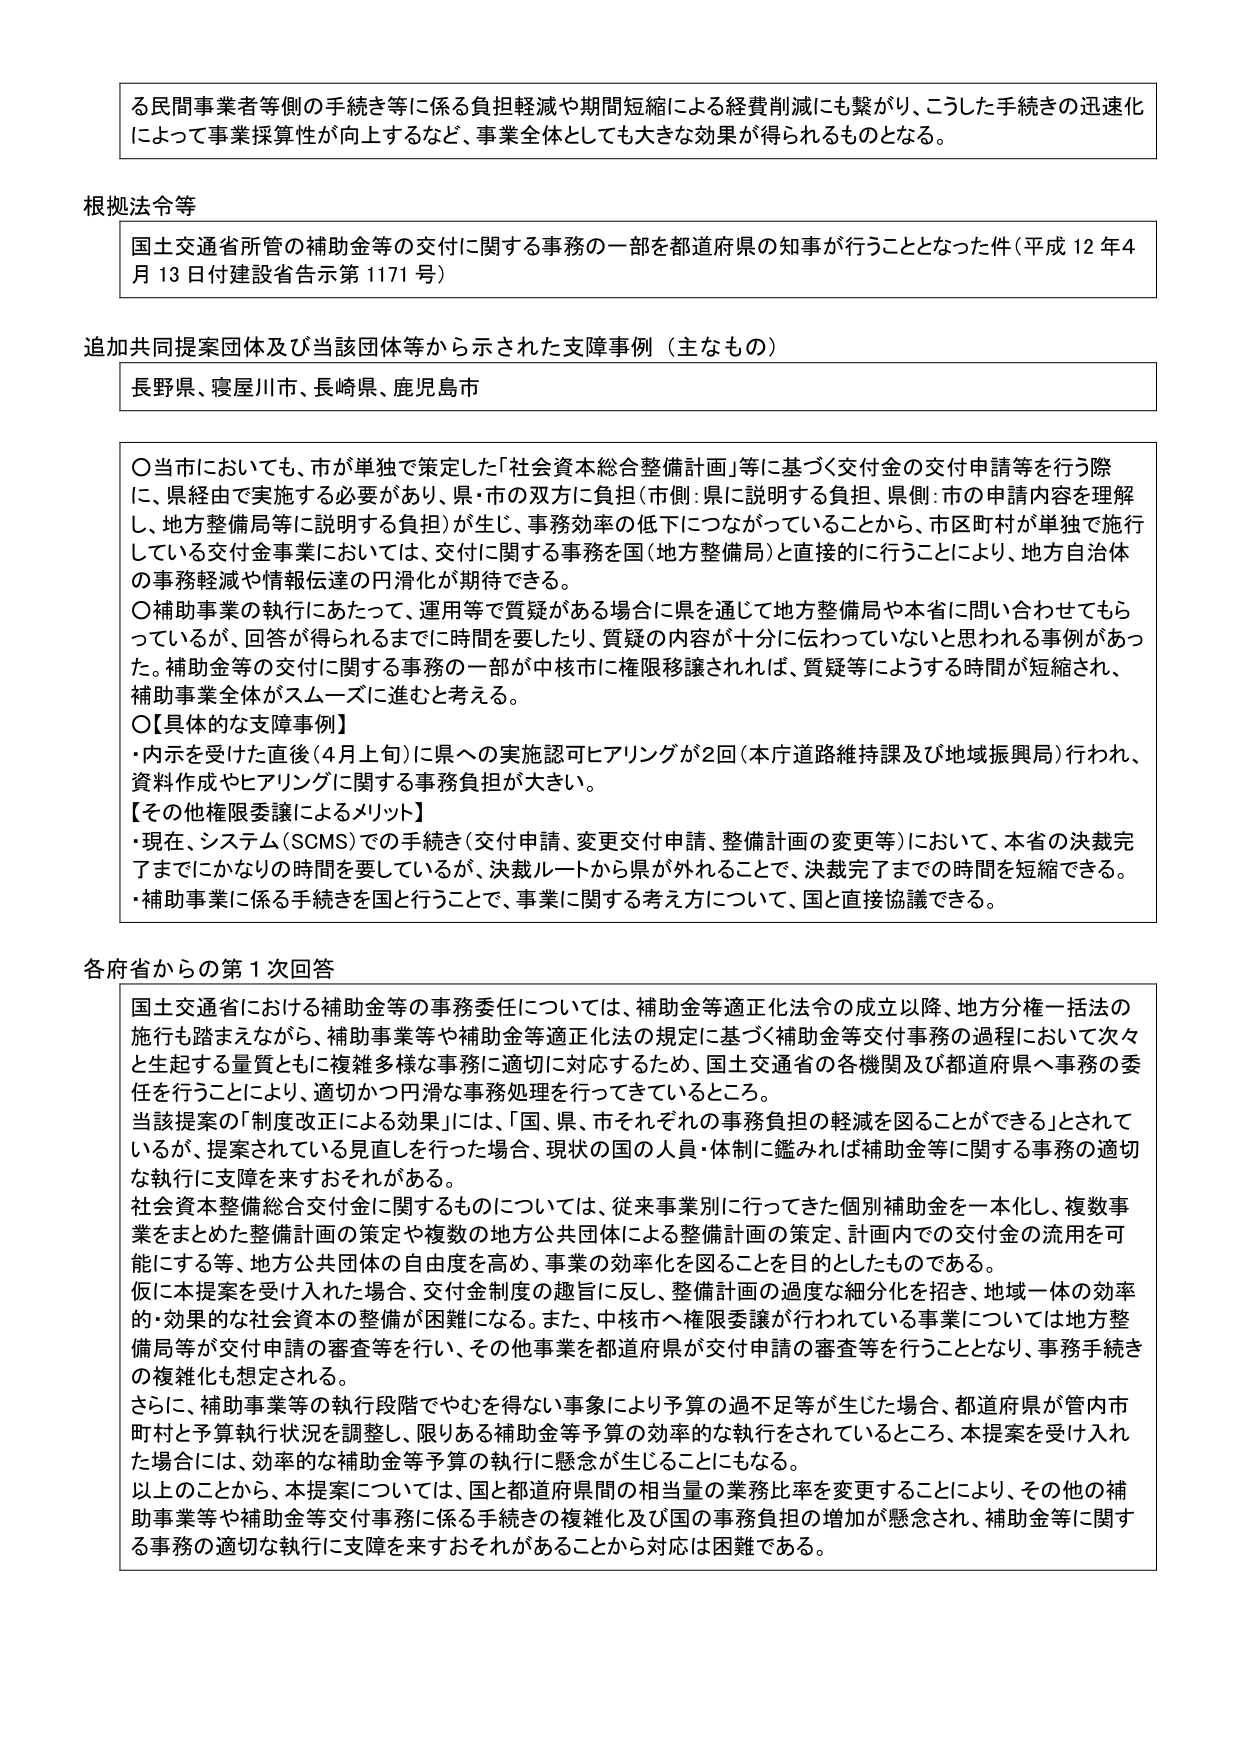
る民間事業者等側の手続き等に係る負担軽減や期間短縮による経費削減にも繋がり、こうした手続きの迅速化によって事業採算性が向上するなど、事業全体としても大きな効果が得られるものとなる。

根拠法令等
国土交通省所管の補助金等の交付に関する事務の一部を都道府県の知事が行うこととなった件（平成12年4月13日付建設省告示第1171号）

追加共同提案団体及び当該団体等から示された支障事例（主なもの）
長野県、寝屋川市、長崎県、鹿児島市

○当市においても、市が単独で策定した「社会資本総合整備計画」等に基づく交付金の交付申請等を行う際に、県経由で実施する必要があり、県・市の双方に負担（市側：県に説明する負担、県側：市の申請内容を理解し、地方整備局等に説明する負担）が生じ、事務効率の低下につながっていることから、市区町村が単独で施行している交付金事業においては、交付に関する事務を国（地方整備局）と直接的に行うことにより、地方自治体の事務軽減や情報伝達の円滑化が期待できる。
○補助事業の執行にあたって、運用等で質疑がある場合に県を通じて地方整備局や本省に問い合わせてもらっているが、回答が得られるまでに時間を要したり、質疑の内容が十分に伝わっていないと思われる事例があった。補助金等の交付に関する事務の一部が中核市に権限移譲されれば、質疑等による時間の短縮され、補助事業全体がスムーズに進むと考える。
○【具体的な支障事例】
・内示を受けた直後（4月上旬）に県への実施認可ヒアリングが2回（本庁道路維持課及び地域振興局）行われ、資料作成やヒアリングに関する事務負担が大きい。
【その他権限委譲によるメリット】
・現在、システム（SCMS）での手続き（交付申請、変更交付申請、整備計画の変更等）において、本省の決裁完了までにかなりの時間を要しているが、決裁ルートから県が外れることで、決裁完了までの時間を短縮できる。
・補助事業に係る手続きを国と行うことで、事業に関する考え方について、国と直接協議できる。

各府省からの第1次回答
国土交通省における補助金等の事務委任については、補助金等適正化法令の成立以降、地方分権一括法の施行も踏まえながら、補助事業等や補助金等適正化法の規定に基づく補助金等交付事務の過程において次々と生起する量質ともに複雑多様な事務に適切に対応するため、国土交通省の各機関及び都道府県へ事務の委任を行うことにより、適切かつ円滑な事務処理を行ってきているところ。
当該提案の「制度改正による効果」には、「国、県、市それぞれの事務負担の軽減を図ることができる」とされているが、提案されている見直しを行った場合、現状の国の人員・体制に鑑みれば補助金等に関する事務の適切な執行に支障を来すおそれがある。
社会資本整備総合交付金に関するものについては、従来事業別に行ってきた個別補助金を一本化し、複数事業をまとめた整備計画の策定や複数の地方公共団体による整備計画の策定、計画内での交付金の流用を可能にする等、地方公共団体の自由度を高め、事業の効率化を図ることを目的としたものである。
仮に本提案を受け入れた場合、交付金制度の趣旨に反し、整備計画の過度な細分化を招き、地域一体の効率的・効果的な社会資本の整備が困難になる。また、中核市へ権限委譲が行われている事業については地方整備局等が交付申請の審査等を行い、その他事業を都道府県が交付申請の審査等を行うこととなり、事務手続きの複雑化も想定される。
さらに、補助事業等の執行段階でやむを得ない事象により予算の過不足等が生じた場合、都道府県が管内市町村と予算執行状況を調整し、限られる補助金等予算の効率的な執行をされているところ、本提案を受け入れた場合には、効率的な補助金等予算の執行に懸念が生じることにもなる。
以上のことから、本提案については、国と都道府県間の相当量の業務比率を変更することにより、その他の補助事業等や補助金等交付事務に係る手続きの複雑化及び国の事務負担の増加が懸念され、補助金等に関する事務の適切な執行に支障を来すおそれがあることから対応は困難である。